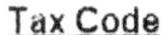
TAX CODE